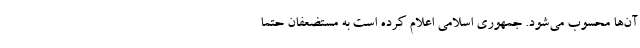
آن‌ها محسوب می‌شود. جمهوری اسلامی اعلام کرده است به مستضعفان حتما